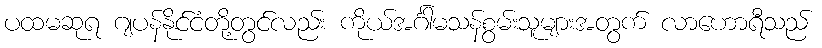
ပထမဆုရ ဂျပန်နိုင်ငံတို့တွင်လည်း ကိုယ်အင်္ဂါမသန်စွမ်းသူများအတွက် လာဟောရီသည်